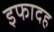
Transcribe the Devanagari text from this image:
इफादह